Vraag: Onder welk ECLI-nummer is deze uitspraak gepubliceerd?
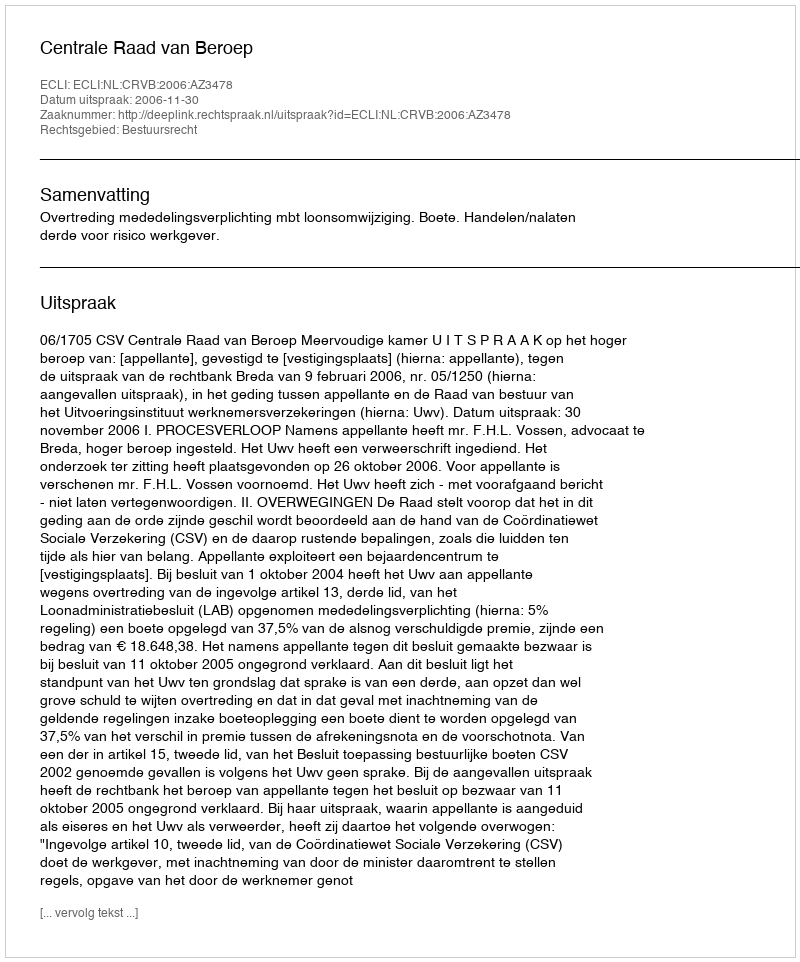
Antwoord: ECLI:NL:CRVB:2006:AZ3478